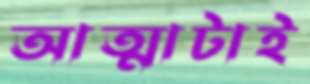
আত্মাটাই